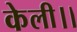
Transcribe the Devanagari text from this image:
केली।।